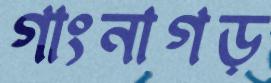
গাংনাগড়